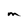
Character: m